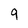
Character: 9